Annual report of the Punjab Veterinary College and of the Civil Veterinary Department, Punjab - 1920-1925
Year: 1920
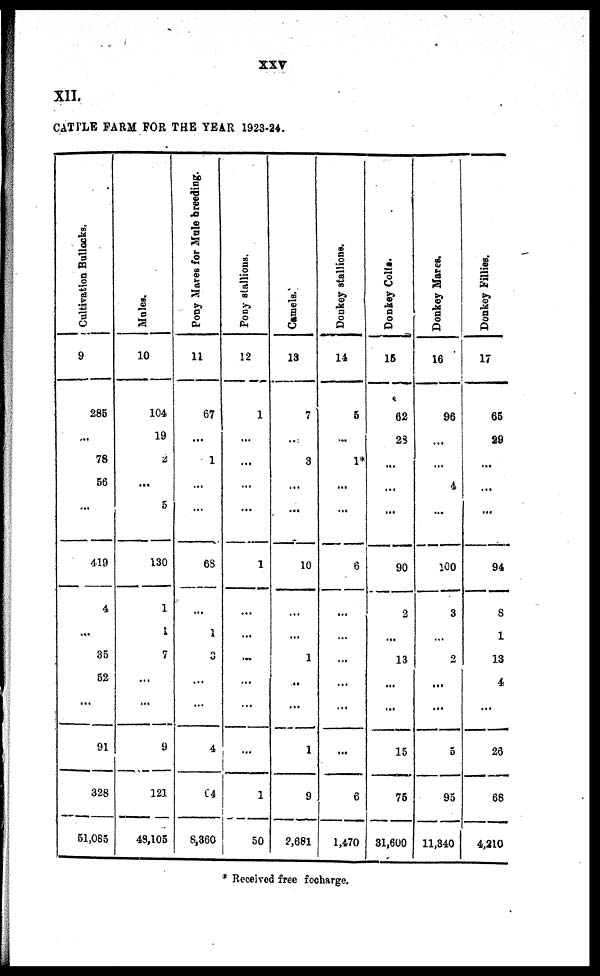
XXV
XII.
CATTLR FARM FOR THE YEAR 1923-24.
Cultivation Bollocks.
9
285
...
78
56
...
419
4
...
85
52
91
828
51,085
Males.
10
104
19
2
...
5
130
1
1
7
...
...
9
121
49,105
Pony Mares for Mule
breeding.
11
67
...
1
...
...
68
...
1
3
...
...
4
64
8,860
Pony stallions.
12
1
...
...
...
...
1
...
...
...
...
...
...
1
50
Camels.
18
7
...
3
...
...
10
...
...
1
...
...
1
9
?,68l
Donkey stallions.
14
6
...
1*
...
...
6
...
...
...
...
...
...
6
1,470
Donkey Colts.
16
62
23
...
...
..
90
2
...
13
...
...
15
75
81,600
Donkey Mares.
16
96
...
...
4
...
100
3
...
2
•••
...
5
95
11,840
Donkey Fillies.
17
65
S9
...
...
...
94
8
1
18
4
...
26
68
4,210
* Received free focharge.